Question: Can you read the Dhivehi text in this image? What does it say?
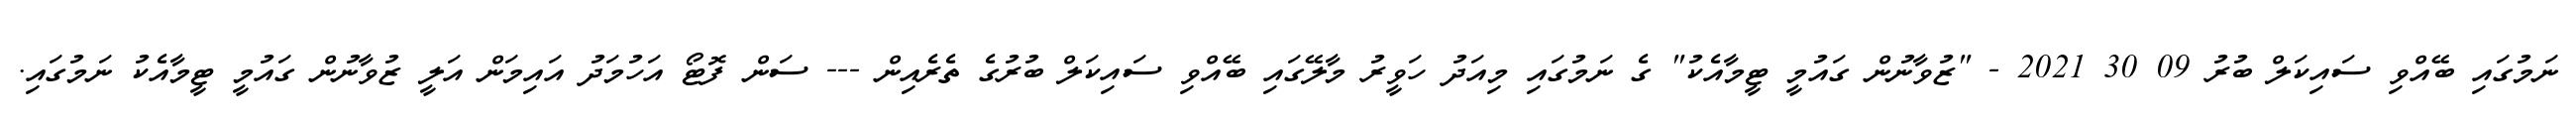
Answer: ނަމުގައި ބޭއްވި ސައިކަލް ބުރު 09 30 2021 - "ޒުވާނުން ގައުމީ ޓީމާއެކު" ގެ ނަމުގައި މިއަދު ހަވީރު މާލޭގައި ބޭއްވި ސައިކަލް ބުރުގެ ތެރެއިން --- ސަން ފޮޓޯ އަހުމަދު އައިމަން އަލީ ޒުވާނުން ގައުމީ ޓީމާއެކު ނަމުގައި.